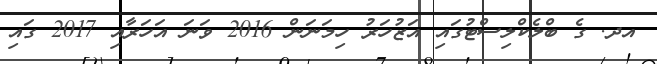
އދ. ގެ ބްލެކްލިސްޓުގައި އަޒުހަރު ހިމަނަން 2016 ވަނަ އަހަރާއި 2017 ގައި